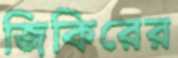
জিকিরের